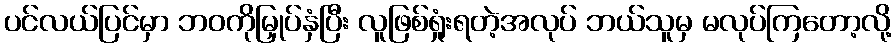
ပင်လယ်ပြင်မှာ ဘဝကိုမြှုပ်နှံပြီး လူဖြစ်ရှုံးရတဲ့အလုပ် ဘယ်သူမှ မလုပ်ကြတော့လို့